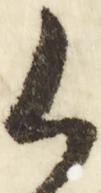
御